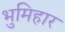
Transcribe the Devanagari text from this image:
भुमिहार